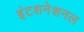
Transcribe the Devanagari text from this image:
इंटशनेशनल